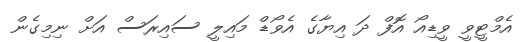
އެމްޓީވީ ވީޑިއޯ އޮފް ދަ އިޔާގެ އެވޯޑް މައިލީ ސައިރަސް އަށް ނިމިގެން